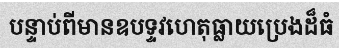
បន្ទាប់ពីមានឧបទ្ទវហេតុធ្លាយប្រេងដ៏ធំ